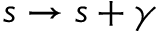
s \to s + \gamma